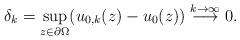
LaTeX: \begin{align*} \delta_k=\sup\limits_{z\in\partial\Omega}(u_{0,k}(z)-u_0(z)) \stackrel{k\rightarrow\infty}{\longrightarrow} 0. \end{align*}